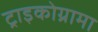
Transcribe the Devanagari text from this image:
ट्राइकोग्रामा